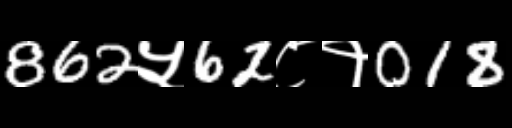
Text: 862५62८१018